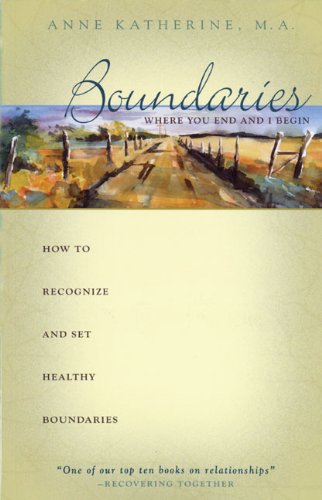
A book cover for Boundaries: Where You End and I BeginEE - How to Recognize and Set Healthy Boundaries; Anne Katherine; Self-Help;